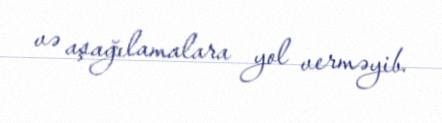
və aşağılamalara yol verməyib.